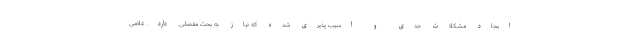
ایجاد مشکلات جدی و آسیب پذیری شده که نیاز به بحث مفصلی دارد. غلامی